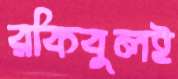
রকিবুলই